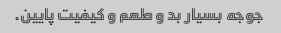
جوجه بسیار بد و طعم و کیفیت پایین.